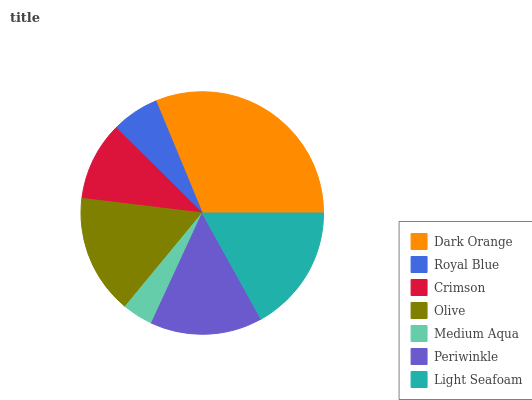
| Dark Orange | Royal Blue | Crimson | Olive | Medium Aqua | Periwinkle | Light Seafoam |
 | --- | --- | --- | --- | --- | --- | --- |
 | 31.2% | 6.34% | 10.5% | 15.9% | 4.1% | 15% | 16.9% |